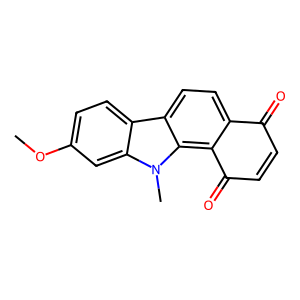
SMILES: COc1ccc2c3ccc4c(c3n(C)c2c1)C(=O)C=CC4=O
Inhibits HIV replication: No